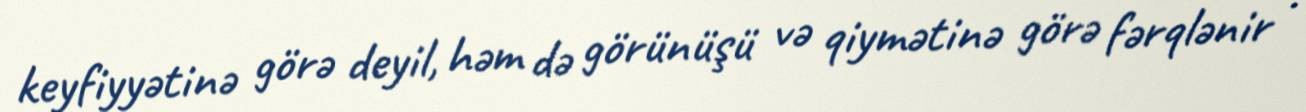
keyfiyyətinə görə deyil, həm də görünüşü və qiymətinə görə fərqlənir .